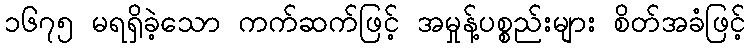
၁၆၇၅ မရရှိခဲ့သော ကက်ဆက်ဖြင့် အမှုန့်ပစ္စည်းများ စိတ်အခံဖြင့်